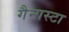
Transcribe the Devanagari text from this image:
गैन्गस्टा